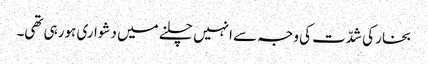
بخار کی شدّت کی وجہ سے انہیں چلنے میں دشواری ہورہی تھی۔